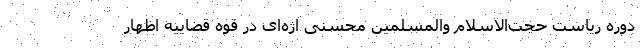
دوره ریاست حجت‌الاسلام والمسلمین محسنی اژه‌ای در قوه قضاییه اظهار